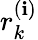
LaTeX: r_{k}^{(\mathbf{i})}